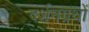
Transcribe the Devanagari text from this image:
दर्शनग्रंथों